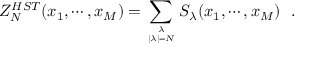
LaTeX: Z _ { N } ^ { H S T } ( x _ { 1 } , \cdots , x _ { M } ) = \sum _ { { \lambda \atop | \lambda | = N } } S _ { \lambda } ( x _ { 1 } , \cdots , x _ { M } ) \, \, \, \, .